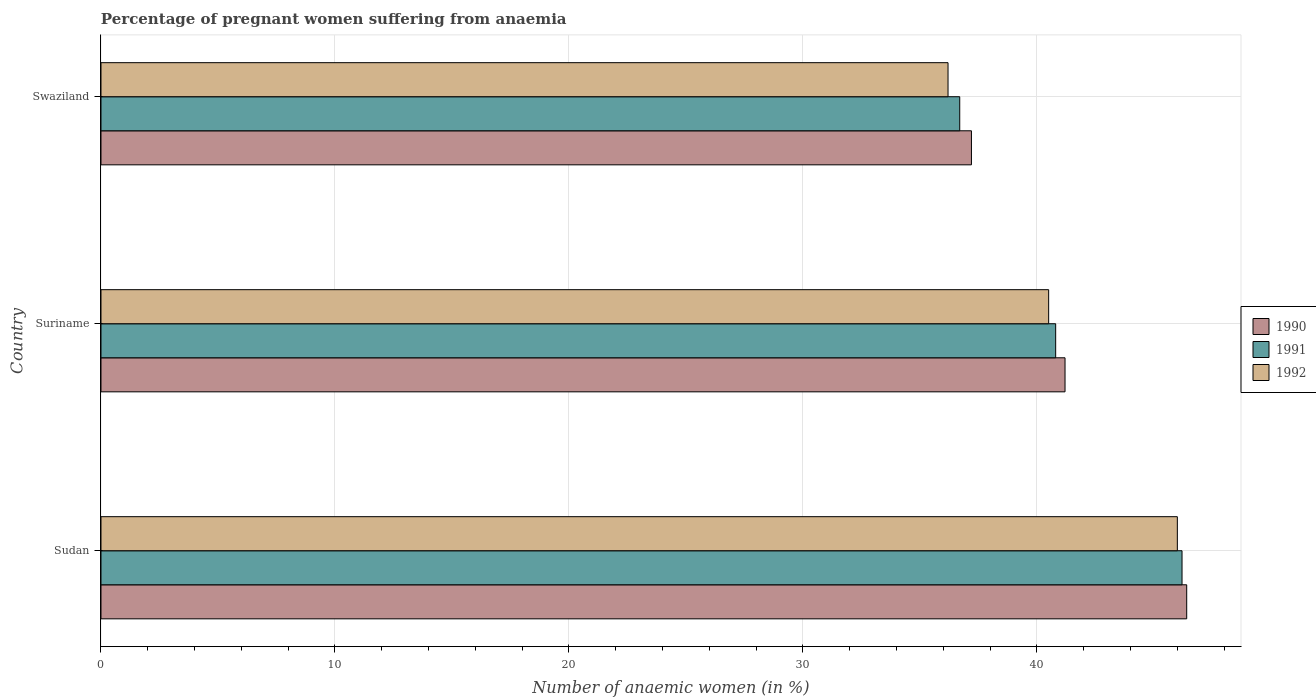
| Country | 1990 | 1991 | 1992 |
 | --- | --- | --- | --- |
 | Sudan | 46.4 | 46.2 | 46 |
 | Suriname | 41.2 | 40.8 | 40.5 |
 | Swaziland | 37.2 | 36.7 | 36.2 |